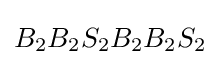
B_{2}B_{2}S_{2}B_{2}B_{2}S_{2}